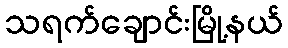
သရက်ချောင်းမြို့နယ်